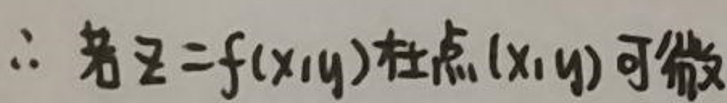
\(\therefore \)若\(z = f(x,y)\)在点(x,y)可微